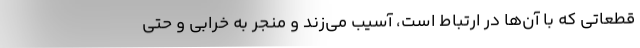
قطعاتی که با آن‌ها در ارتباط است، آسیب می‌زند و منجر به خرابی و حتی